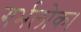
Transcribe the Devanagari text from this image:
गर्भलोक।